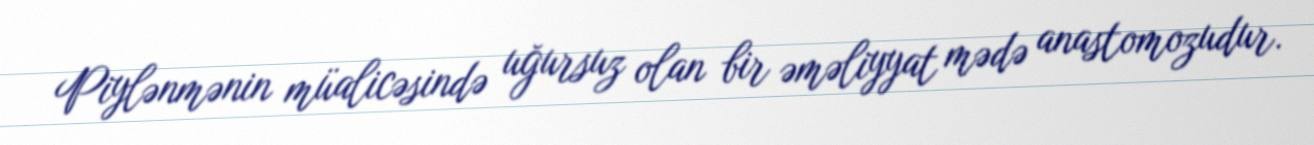
Piylənmənin müalicəsində uğursuz olan bir əməliyyat mədə anastomozudur.